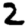
Digit: 2